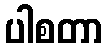
ပါစတာ